Report on vaccination in Madras 1895-1903 - 1895-1903
Year: 1895
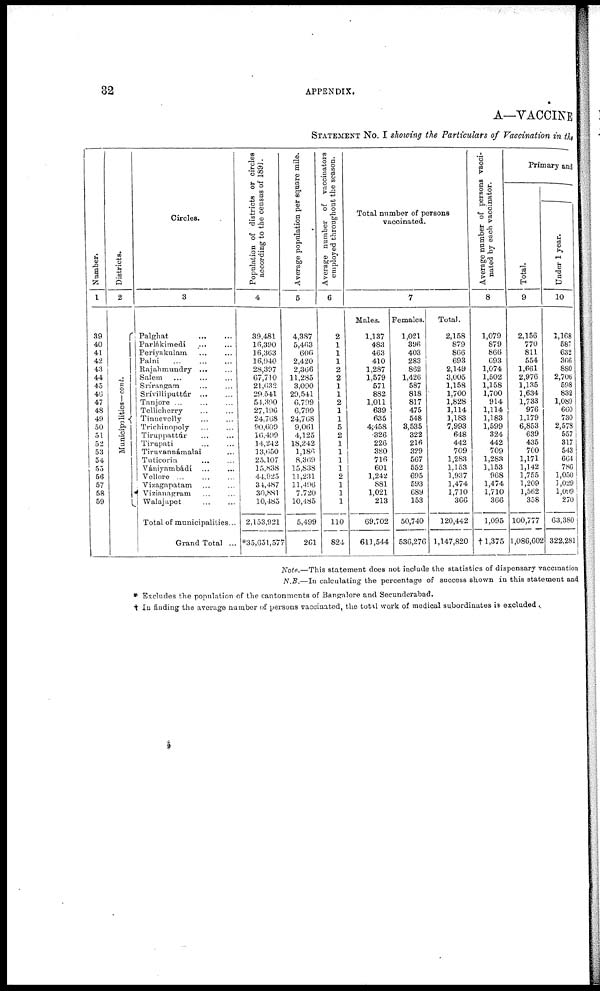
32
APPENDIX.
A—VACCINE
STATEMENT No. I showing the Particulars of Vaccination in the
Number.
1
39
40
41
42
43
44
45
46
47
48
49
50
51
52
53
54
55
56
57
58
59
Districts.
2
Municipalities—cont.
Circles.
3
Palghat
...
...
Parlákimedi
...
...
Periyakulam ... ...
Palni
...
...
...
Rajahmundry ... ...
Salem ... ... ...
Srírangam ... ...
Srívilliputtúr ... ...
Tanjore ... ... ...
Tellicherry ... ...
Tinnevelly ... ...
Trichinopoly ... ...
Tiruppattúr ... ...
Tirupati ... ...
Tirnvannámalai ...
Tuticorin ... ...
Vániyambádi ... ...
Vellore ... ... ...
Vizagapatam ... ...
Vizianagram ... ...
Walajapet ... ...
Total of municipalities...
Grand Total ...
Population of districts or circles
according to the census of 1891.
4
39,481
16,390
16,363
16,940
28,397
67,710
21,632
29,541
54,390
27,196
24,768
90,609
16,499
14,242
13,650
25,107
15,838
44,925
34,487
30,881
10,485
2,153,921
*35,651,577
Average population per square mile.
5
4,387
5,463
606
2,420
2,366
11,285
3,090
29,541
6,799
6,799
24,768
9,061
4,125
18,242
1,186
8,369
15,838
11,231
11,496
7,720
10,485
5,499
261
Average number of vaccinators
employed throughout the season.
6
2
1
1
1
2
2
1
1
2
1
1
5
2
1
1
1
1
2
1
1
1
110
824
Total number of persons
vaccinated.
7
Males.
1,137
483
463
410
1,287
1,579
571
882
1,011
639
635
4,458
326
226
380
716
601
1,242
881
1,021
213
69,702
611,544
Females.
1,021
396
403
283
862
1,426
587
818
817
475
548
3,535
322
216
329
567
552
695
593
689
153
50,740
536,276
Total.
2,158
879
866
693
2,149
3,005
1,158
1,700
1,828
1,114
1,183
7,993
648
442
709
1,283
1,153
1,937
1,474
1,710
366
120,442
1,147,820
Average number of persons vacci-
nated by each vaccinator.
8
1,079
879
866
693
1,074
1,502
1,158
1,700
914
1,114
1,183
1,599
324
442
709
1,283
1,153
968
1,474
1,710
366
1,095
†1,375
Primary and
Total.
9
2,156
770
811
554
1,661
2,976
1,135
1,634
1,733
976
1,179
6,853
639
435
700
1,171
1,142
1,755
1,209
1,562
358
100,777
1,086,602
Under 1 year.
10
1,168
587
632
366
880
2,706
598
832
1,089
660
730
2,578
557
317
543
664
786
1,050
1,029
l,099
270
63,380
322,281
Note.—This statement does not include the statistics of dispensary vaccination
N.B.—In calculating the percentage of success shown in this statement and
* Excludes the population of the cantonments of Bangalore and Secunderabad.
† In finding the average number of persons vaccinated, the total work of medical subordinates is excluded.